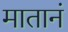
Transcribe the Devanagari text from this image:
मातानं